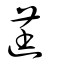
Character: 莛